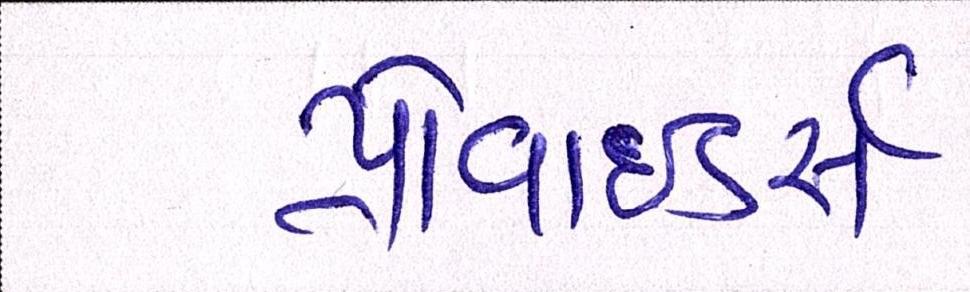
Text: પ્રોવાઈડરો